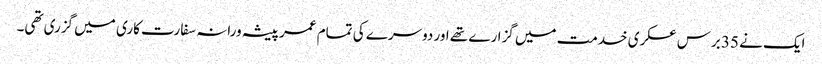
ایک نے 35 برس عسکری خدمت میں گزارے تھے اور دوسرے کی تمام عمر پیشہ ورانہ سفارت کاری میں گزری تھی۔